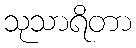
သုသာရိတာ